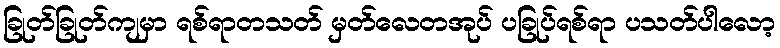
ခြုတ်ခြုတ်ကျမှာ ရစ်ရာတသတ် မှတ်လေတအုပ် ပခြုပ်ရစ်ရာ ပသတ်ပါလော့